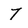
Character: 7